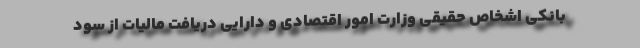
بانکی اشخاص حقیقی وزارت امور اقتصادی و دارایی دریافت مالیات از سود